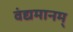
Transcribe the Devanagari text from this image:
वंद्यमानम्